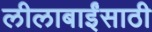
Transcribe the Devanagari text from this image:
लीलाबाईंसाठी